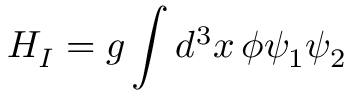
H _ { I } = g \int { d ^ { 3 } x \, \phi \psi _ { 1 } \psi _ { 2 } }